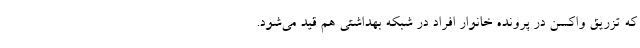
که تزریق واکسن در پرونده خانوار افراد در شبکه بهداشتی هم قید می‌شود.